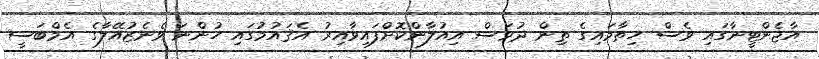
އާޖެންޓީނާގައި ވެސް ހިތާމައިގެ ތިން ދުވަސް އިއުލާންކޮށްފައިވާއިރު އެޤައުމުގައި ހުންނަ ވެނެޒުއޭލާގެ އެމްބަސީ